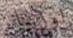
اورليانز